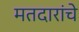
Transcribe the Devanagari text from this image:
मतदारांचे